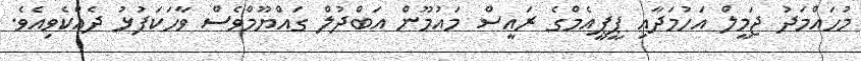
މުހައްމަދު ޖަމީލް އަހުމަދާއި ޕީޕީއެމްގެ ރައީސް މައުމޫން އަބްދުލް ގައްޔޫމްވެސް ވާހަކަފުޅު ދެއްކެވިއެވެ.